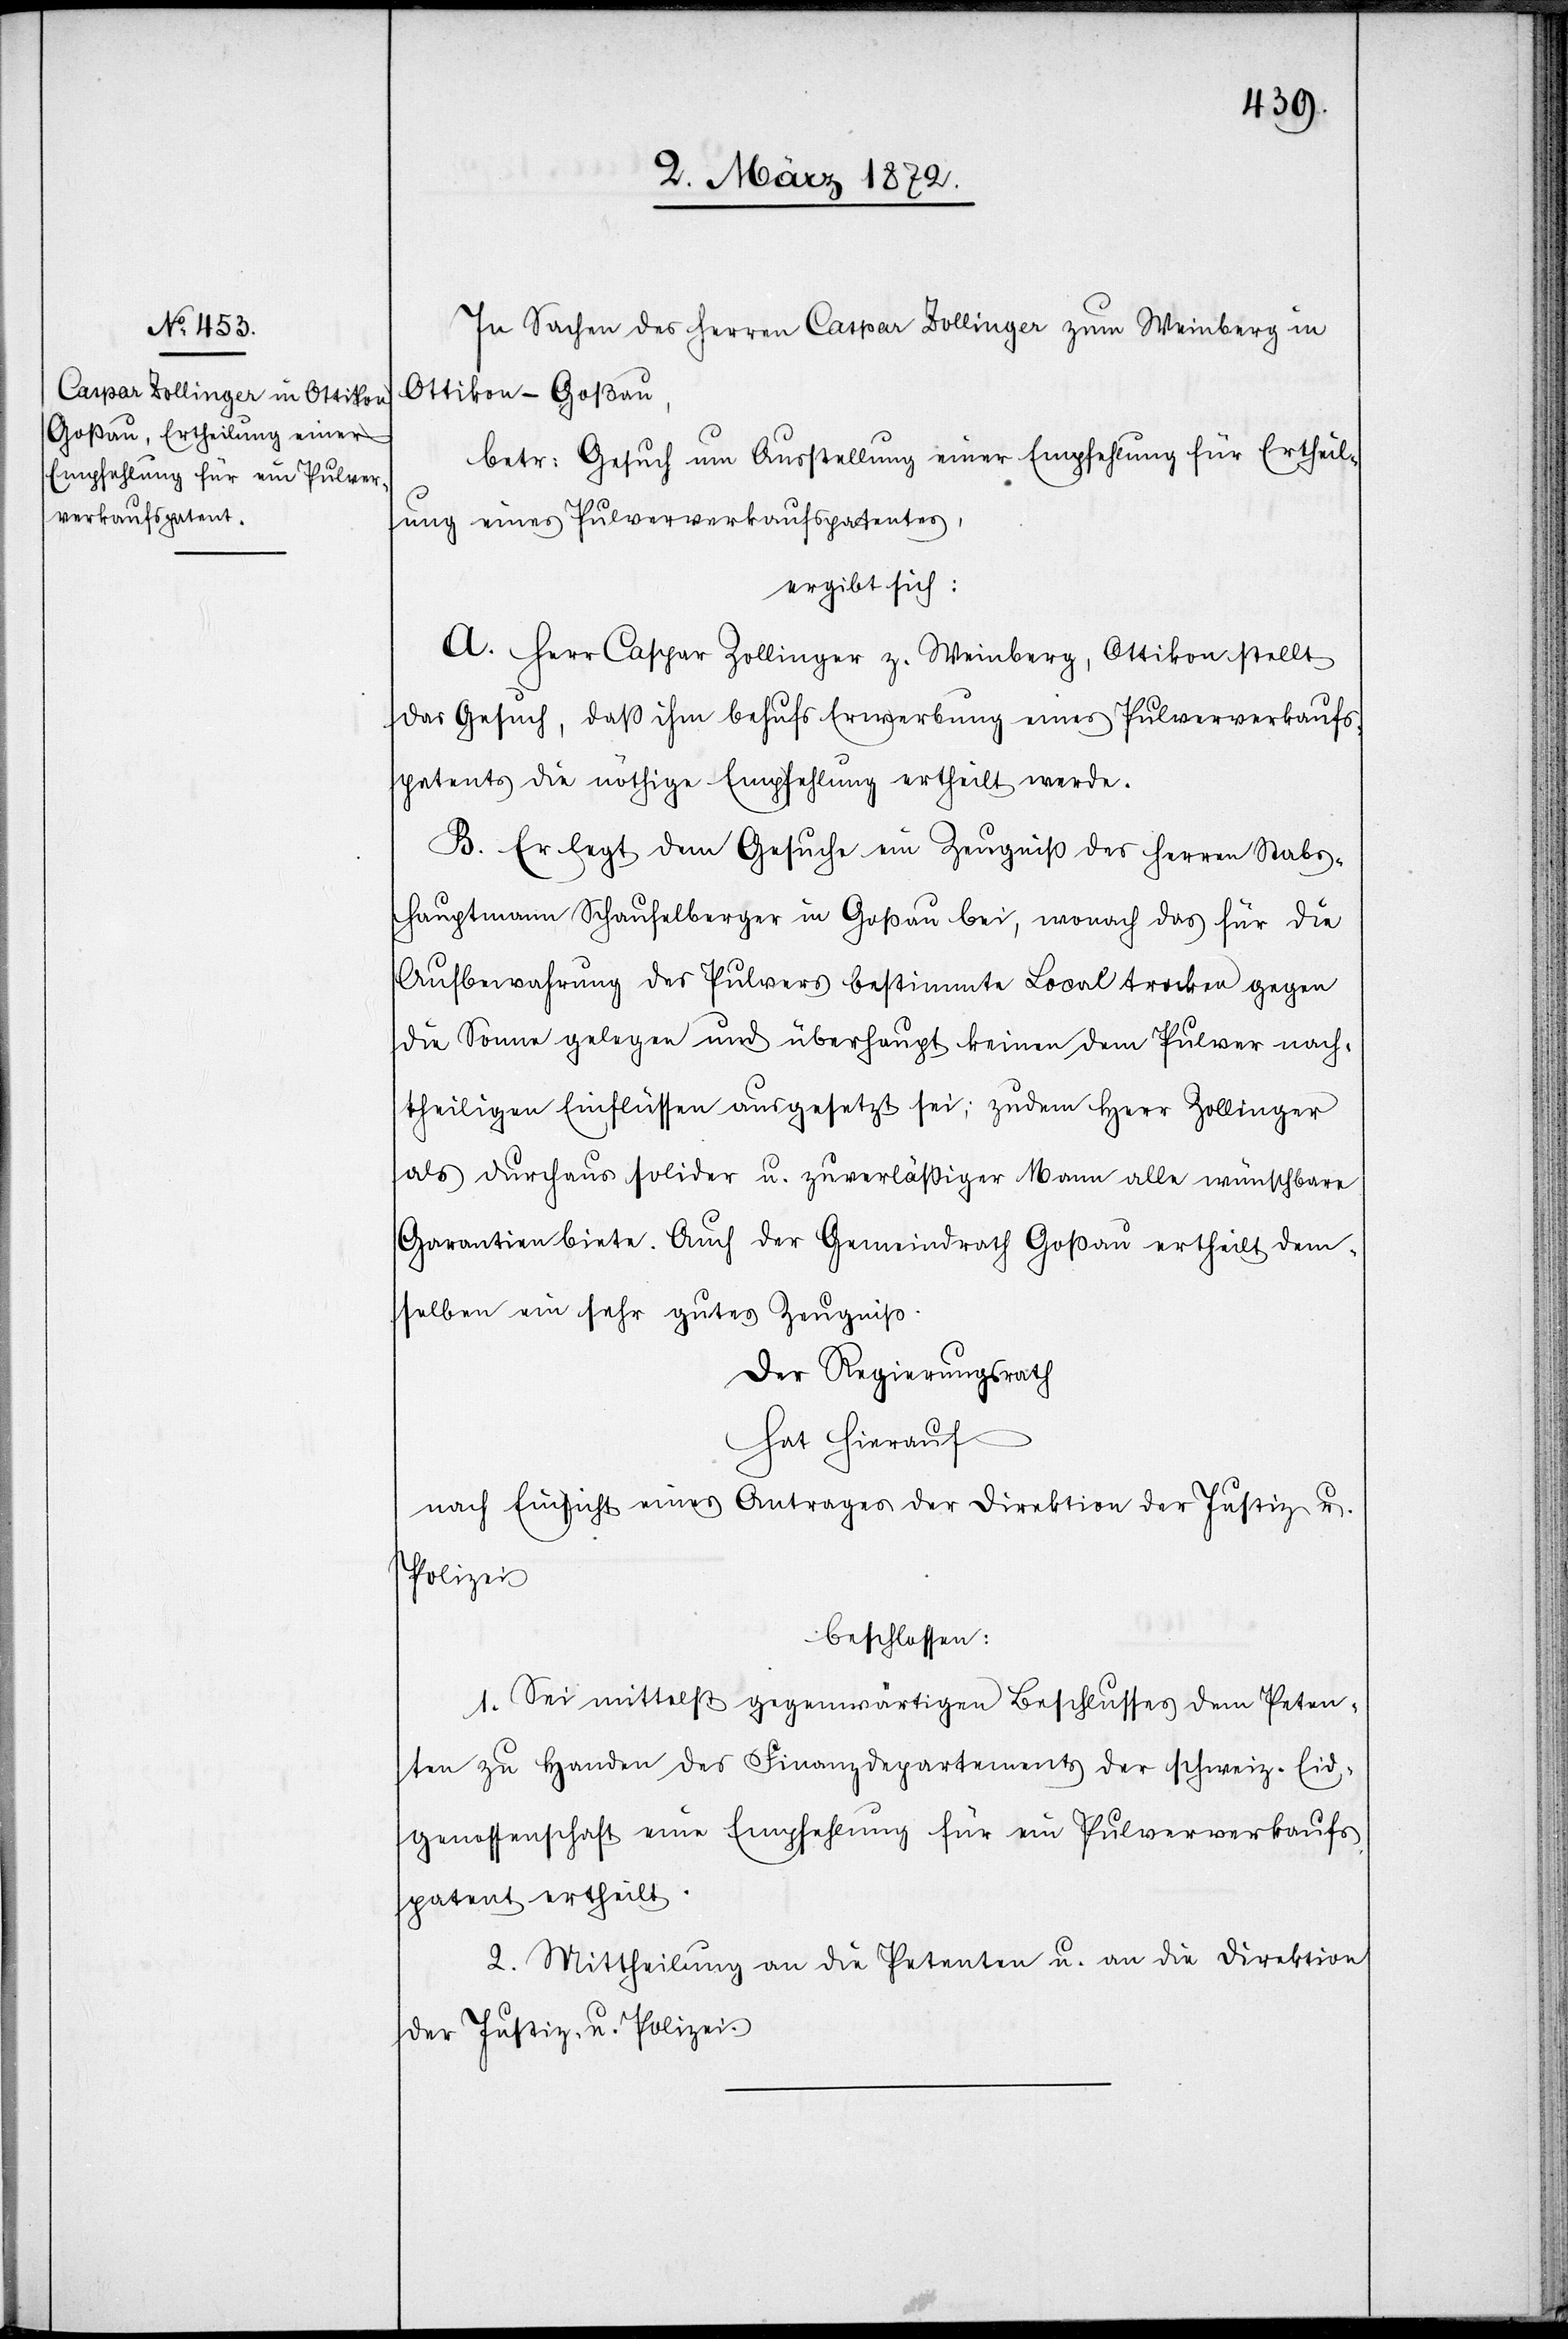
In Sachen des Herren Caspar Zollinger zum Weinberg in
Ottikon-Goßau,
betr. Gesuch um Ausstellung einer Empfehlung für Ertheil¬
ung eines Pulververkaufspatentes,
ergibt sich:
A. Herr Caspar Zollinger z. Weinberg, Ottikon stellt
das Gesuch, daß ihm behufs Erwerbung eines Pulververkaufs¬
patentes die nöthige Empfehlung ertheilt werde.
B. Er legt dem Gesuche ein Zeugniß des Herren Stabs¬
hauptmann Schaufelberger in Goßau bei, wonach das für die
Aufbewahrung des Pulvers bestimmte Local trocken gegen
die Sonne gelegen und überhaupt keinen dem Pulver nach¬
theiligen Einflüssen ausgesetzt sei; zudem Herr Zollinger
als durchaus solider u. zuverläßiger Mann alle wünschbare
Garantien biete. Auch der Gemeindrath Goßau ertheilt dem¬
selben ein sehr gutes Zeugniß.
Der Regierungsrath
hat hierauf
nach Einsicht eines Antrages der Direktion der Justiz u.
Polizei
beschlossen:
1. Sei mittelst gegenwärtigen Beschlusses dem Peten¬
ten zu Handen des Finanzdepartements der schweiz. Eid¬
genossenschaft eine Empfehlung für ein Pulververkaufs¬
patent ertheilt.
2. Mittheilung an die Petenten u. an die Direktion
der Justiz- u. Polizei.